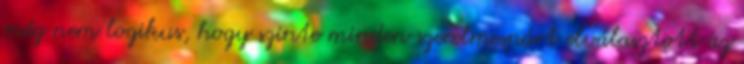
még nem logikus, hogy szinte minden szerelmespárt elválasztott az